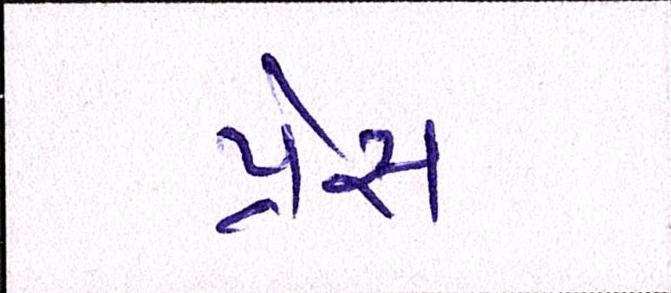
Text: પ્રેસ